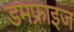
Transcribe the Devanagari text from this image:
डमफ्राइज